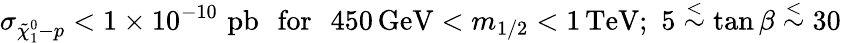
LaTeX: \sigma_{\tilde{\chi}_{1}^{0}-p}<1\times 10^{-10}\, \, \mathrm{pb}\, \, \, \, \mathrm{for}\, \, \, \, 450\, \mathrm{GeV}<m_{1/2}<1\, \mathrm{TeV};\, \, 5\stackrel{<}{\sim}\tan\beta\stackrel{<}{\sim}30